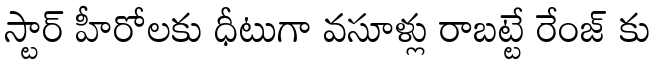
స్టార్ హీరోలకు ధీటుగా వసూళ్లు రాబట్టే రేంజ్ కు